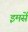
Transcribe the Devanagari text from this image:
इमसें